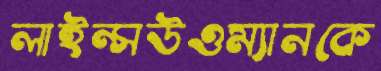
লাইন্সউওম্যানকে